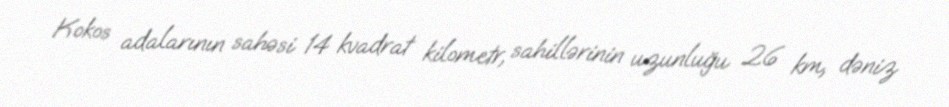
Kokos adalarının sahəsi 14 kvadrat kilometr, sahillərinin uzunluğu 26 km, dəniz